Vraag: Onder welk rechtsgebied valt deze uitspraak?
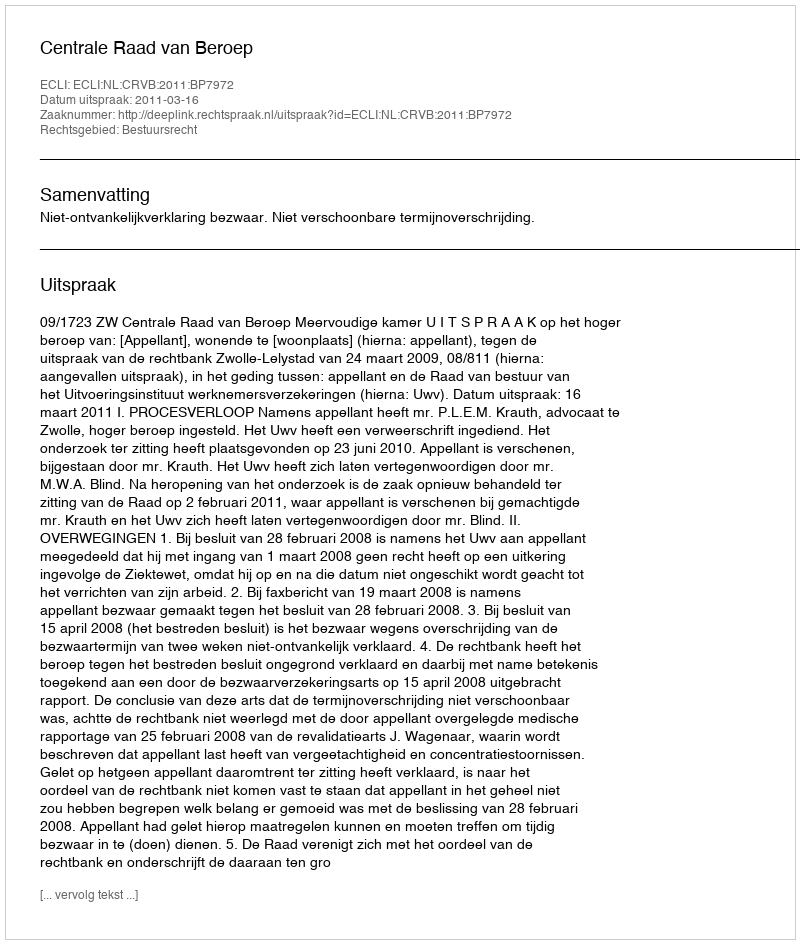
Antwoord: Bestuursrecht